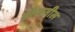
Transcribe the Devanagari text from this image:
बोलतील